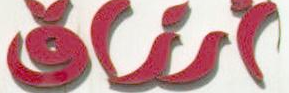
أنفاق